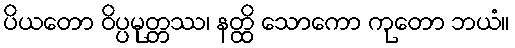
ပိယတော ဝိပ္ပမုတ္တဿ၊ နတ္ထိ သောကော ကုတော ဘယံ။